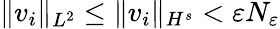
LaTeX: \| v_{i}\| _{L^{2}}\leq\| v_{i}\| _{H^{s}}<\varepsilon N_{\varepsilon}